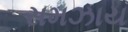
સમઝાય